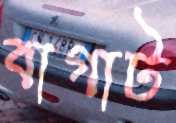
বাগাট